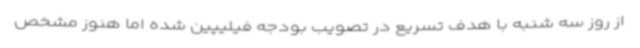
از روز سه شنبه با هدف تسریع در تصویب بودجه فیلیپین شده اما هنوز مشخص